EELK_Tartu_Peetri_kogudus_(kirikutahed), lk 154
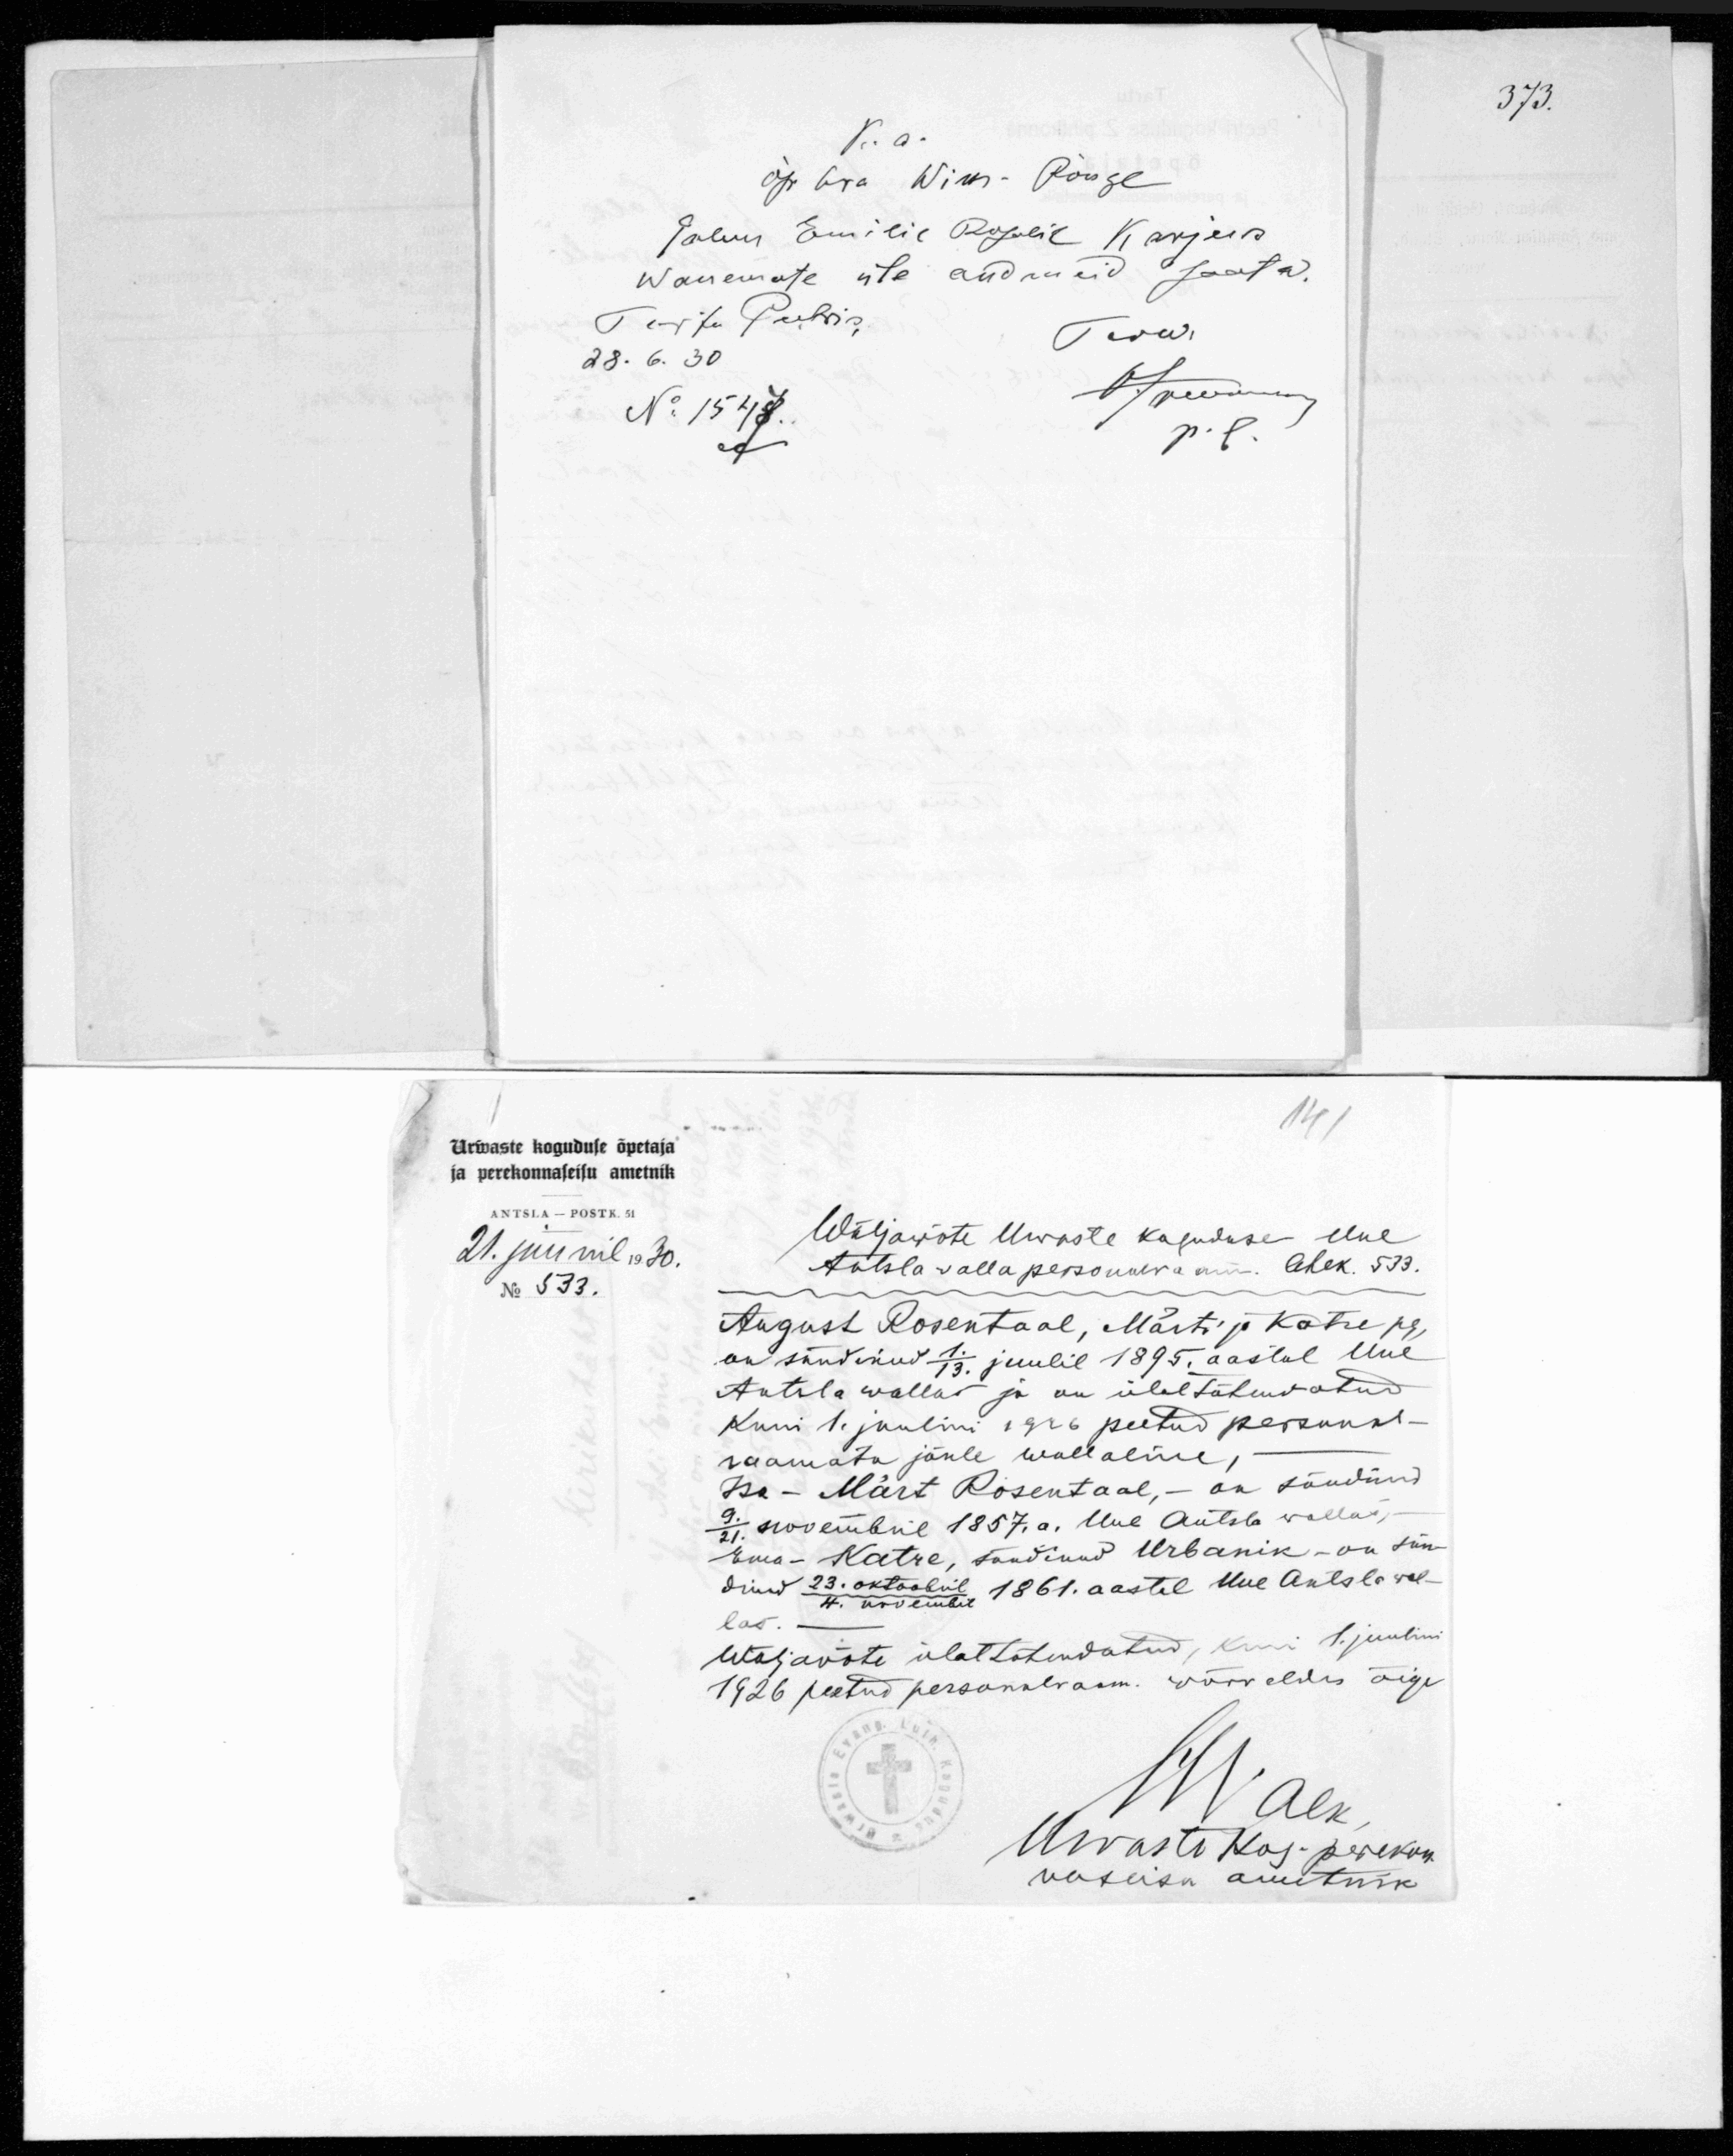
V. a.
õp. hra Wiks Rõuge
Palun Emilie Rosalie Karjuse
wanemate üle andmeid saata.
Tartu Peetris
28.6.30
No 1547.
141
Urwaste koguduse õpetaja
ja perekonnaseisu ametnik
ANTSLA - POSTK. 51
Wäljawõte Urvaste koguduse Uue
21. juunil 1930.
Antsla valla personalraam. Aleks. 533.
No 533.
August Rosentaal, Märti ja Katre pg
on sündinud 1./13. juulil 1895 aastal Uue
Antsla wallas ja on ülaltähendatud
Kuni 1. juulini 1916 peetud personal-
raamatu järele wallaline,
Isa - Märt Rosentaal, - on sündinud
9./21. novembril 1857.a. Uue Antsla vallas,
Ema - Katre, sündinud Urbanik - on sü-
dinud 23. oktoobril, 1861. aastal Uue Antsla wal-
las.
Wäljavõte ülaltähendatud, kuni 1. juulini
1926 peetud personalraam. wõrreldes õige
Urvaste Kog-perekon-
naseisu ametnik

373.